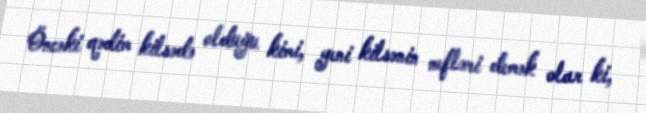
Öncəki qədim kilsədə olduğu kimi, yeni kilsənin nefləri demək olar ki,